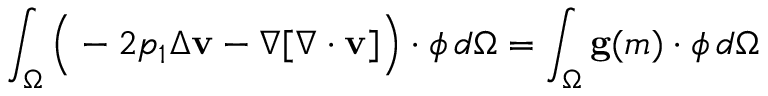
\int _ { \Omega } \Big ( - 2 p _ { 1 } \Delta \mathbf { v } - \nabla [ \nabla \cdot \mathbf { v } ] \Big ) \cdot \boldsymbol { \phi } \, d \Omega = \int _ { \Omega } \mathbf { g } ( m ) \cdot \boldsymbol { \phi } \, d \Omega \,